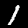
Digit: 1